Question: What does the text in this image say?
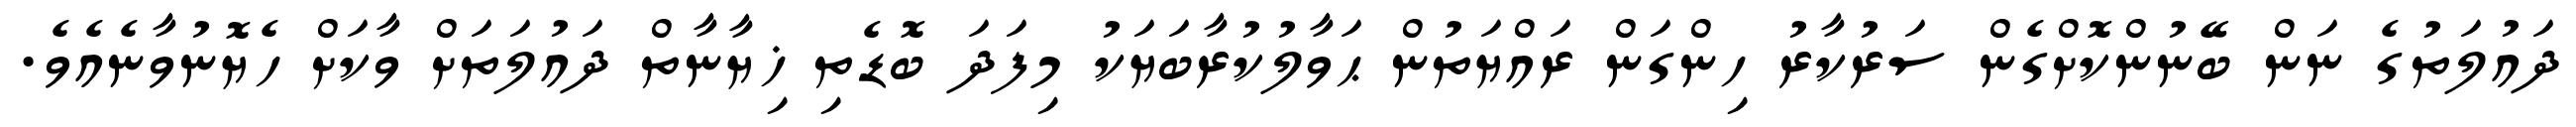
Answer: ދައުލަތުގެ ނަން ބޭނުންކޮށްގެން ސަރުކާރު ހިންގަން ރައްޔަތުން ޙަވާލުކުރާބަޔަކު މިފަދަ ބޮޑެތި ޚިޔާނާތް ދައުލަތަށް ވާކަށް ހެޔޮނުވާނެއެވެ.